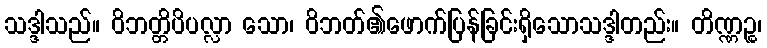
သဒ္ဒါသည်။ ဝိဘတ္တိပိပလ္လာ သော၊ ဝိဘတ်၏ဖောက်ပြန်ခြင်းရှိသောသဒ္ဒါတည်း။ တိဏ္ဏဉ္စ၊